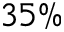
3 5 \%